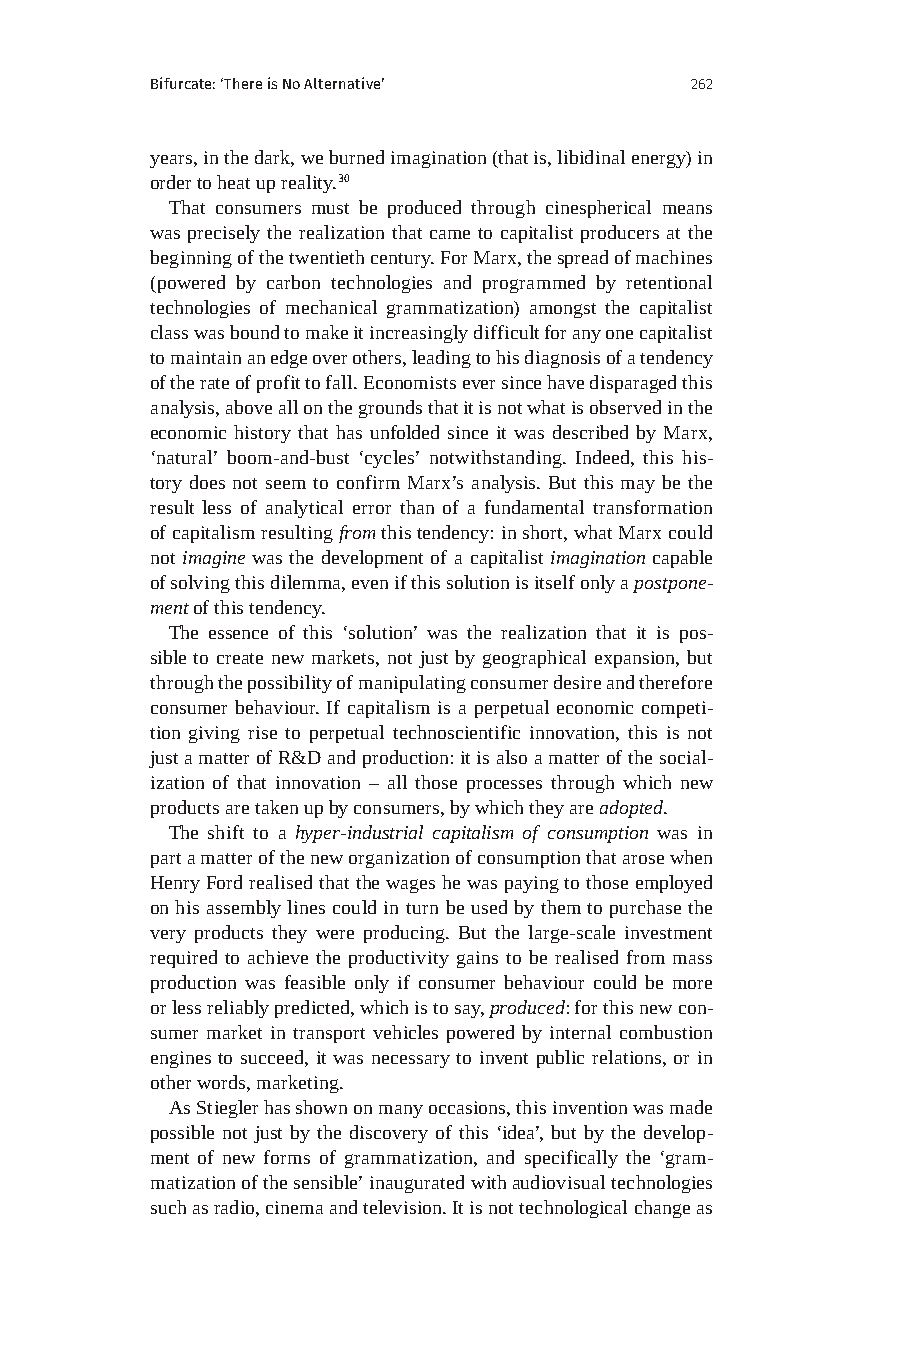
Bifurcate: ‘There is No Alternative’ 262
 years, in the dark, we burned imagination (that is, libidinal energy) in
 order to heat up reality.30
 That consumers must be produced through cinespherical means
 was precisely the realization that came to capitalist producers at the
 beginning of the twentieth century. For Marx, the spread of machines
 (powered by carbon technologies and programmed by retentional
 technologies of mechanical grammatization) amongst the capitalist
 class was bound to make it increasingly difficult for any one capitalist
 to maintain an edge over others, leading to his diagnosis of a tendency
 of the rate of profit to fall. Economists ever since have disparaged this
 analysis, above all on the grounds that it is not what is observed in the
 economic history that has unfolded since it was described by Marx,
 ‘natural’ boom-and-bust ‘cycles’ notwithstanding. Indeed, this his-
 tory does not seem to confirm Marx’s analysis. But this may be the
 result less of analytical error than of a fundamental transformation
 of capitalism resulting from this tendency: in short, what Marx could
 not imagine was the development of a capitalist imagination capable
 of solving this dilemma, even if this solution is itself only a postpone-
 ment of this tendency.
 The essence of this ‘solution’ was the realization that it is pos-
 sible to create new markets, not just by geographical expansion, but
 through the possibility of manipulating consumer desire and therefore
 consumer behaviour. If capitalism is a perpetual economic competi-
 tion giving rise to perpetual technoscientific innovation, this is not
 just a matter of R&D and production: it is also a matter of the social-
 ization of that innovation – all those processes through which new
 products are taken up by consumers, by which they are adopted.
 The shift to a hyper-industrial capitalism of consumption was in
 part a matter of the new organization of consumption that arose when
 Henry Ford realised that the wages he was paying to those employed
 on his assembly lines could in turn be used by them to purchase the
 very products they were producing. But the large-scale investment
 required to achieve the productivity gains to be realised from mass
 production was feasible only if consumer behaviour could be more
 or less reliably predicted, which is to say, produced: for this new con-
 sumer market in transport vehicles powered by internal combustion
 engines to succeed, it was necessary to invent public relations, or in
 other words, marketing.
 As Stiegler has shown on many occasions, this invention was made
 possible not just by the discovery of this ‘idea’, but by the develop-
 ment of new forms of grammatization, and specifically the ‘gram-
 matization of the sensible’ inaugurated with audiovisual technologies
 such as radio, cinema and television. It is not technological change as